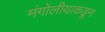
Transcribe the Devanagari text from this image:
मंगोलीयाकडून